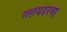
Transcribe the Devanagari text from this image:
ग्लायडरचा